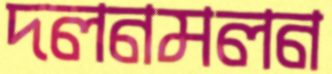
দলনমলন